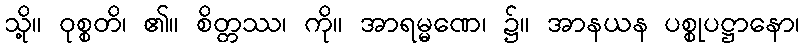
သို့။ ဝုစ္စတိ၊ ၏။ စိတ္တဿ၊ ကို။ အာရမ္မဏေ၊ ၌။ အာနယန ပစ္စုပဋ္ဌာနော၊